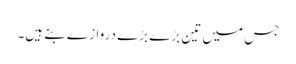
جس میں تین بڑے بڑے دروازے بنے ہیں۔